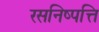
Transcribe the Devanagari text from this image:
रसनिष्पत्ति